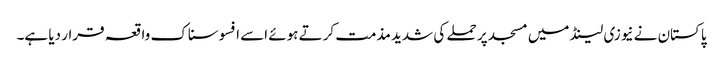
پاکستان نے نیوزی لینڈ میں مسجد پر حملے کی شدید مذمت کرتے ہوئے اسے افسوسناک واقعہ قرار دیا ہے۔